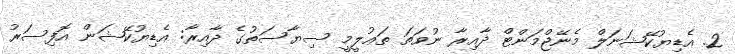
2. އެޑިޔުކޭޝަނަލް މެނޭޖްމަންޓް ދާއިރާ ނުވަތަ ތަޢުލީމީ ސިޔާސަތުގެ ދާއިރާ: އެޑިޔުކޭޝަން އޮފިސަރު